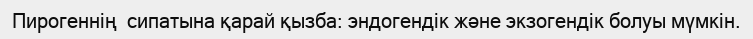
Пирогеннің  сипатына қарай қызба: эндогендік және экзогендік болуы мүмкін.